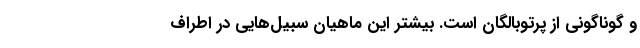
و گوناگونی از پرتوبالگان است. بیشتر این ماهیان سبیل‌هایی در اطراف